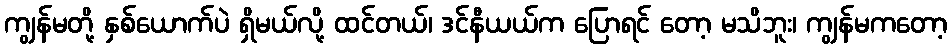
ကျွန်မတို့ နှစ်ယောက်ပဲ ရှိမယ်လို့ ထင်တယ်၊ ဒင်နီယယ်က ပြောရင် တော့ မသိဘူး၊ ကျွန်မကတော့